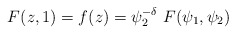
\begin{align*}F(z,1) = f(z)= \psi_{2}^{-\delta}~F(\psi_{1},\psi_{2})\end{align*}